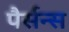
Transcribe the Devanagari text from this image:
पैर्सन्स